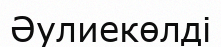
Әулиекөлді